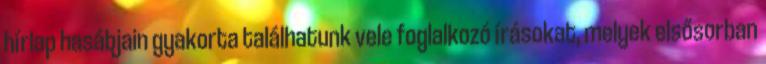
hírlap hasábjain gyakorta találhatunk vele foglalkozó írásokat, melyek elsősorban